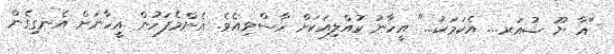
"އާ ޔޫ ޝުއަރ... އެކަމަކު..." އީހާނު ކުއްލިއަކަށް ހާސްވިއެވެ. އެންމެފަހުން އީހާނަށް އެނގިގެން